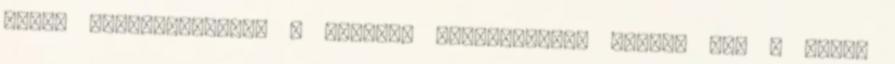
amely tartalmazhatja a fellépõ töréspontot. Húzzuk meg a tömlõ